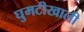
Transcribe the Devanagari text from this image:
घुमटीखाली